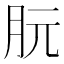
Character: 䏓